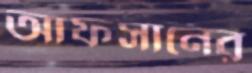
আফসানের